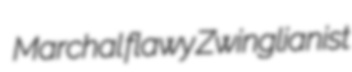
Marchal flawy Zwinglianist